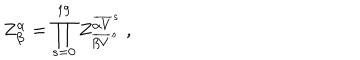
Z _ { \beta } ^ { \alpha } = \prod _ { s = 0 } ^ { 1 9 } Z _ { { \overline { { { \beta V } } } } ^ { s } } ^ { { \overline { { { \alpha V } } } } ^ { s } } ~ ,